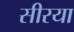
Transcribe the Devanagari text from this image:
सीरया